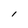
Character: l